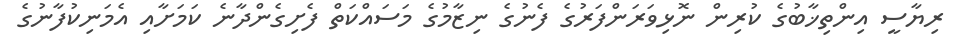
ރިޔާސީ އިންތިޚާބުގެ ކުރިން ނޮޅިވަރަންފަރުގެ ފެނުގެ ނިޒާމުގެ މަސައްކަތް ފެށިގެންދާނެ ކަމަށާއި އެމަނިކުފާނުގެ